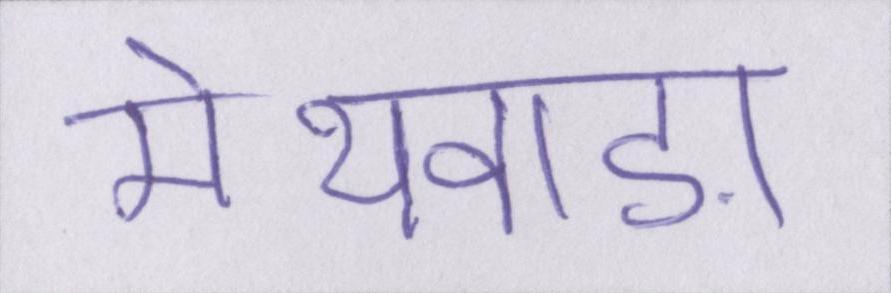
मेथवाड़ा